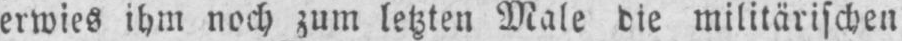
erwies ihm noch zum letzten Male die militärischen